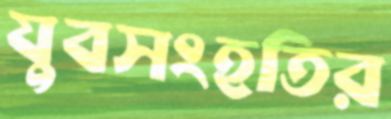
যুবসংহতির